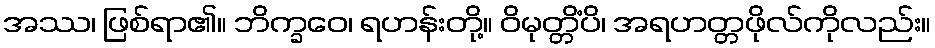
အဿ၊ ဖြစ်ရာ၏။ ဘိက္ခဝေ၊ ရဟန်းတို့။ ဝိမုတ္တိံပိ၊ အရဟတ္တဖိုလ်ကိုလည်း။